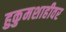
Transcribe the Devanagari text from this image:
हुकुमशाहीवर